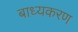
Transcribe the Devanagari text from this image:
बाध्यकरण